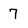
Character: 7